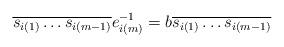
LaTeX: \begin{align*}\overline{s_{i(1)}\dots s_{i(m-1)}} e_{i(m)}^{-1}=b\overline{s_{i(1)}\dots s_{i(m-1)}}\end{align*}